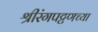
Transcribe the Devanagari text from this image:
श्रीरंगपट्टणच्या